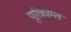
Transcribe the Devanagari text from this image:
यूरिकाम्ल